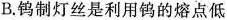
B.钨制灯丝是利用钨的熔点低